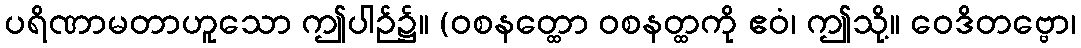
ပရိဏာမတာဟူသော ဤပါဉ်၌။ (ဝစနတ္ထော ဝစနတ္ထကို ဧဝံ၊ ဤသို့။ ဝေဒိတဗ္ဗော၊